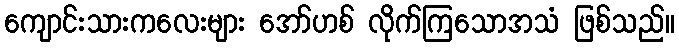
ကျောင်းသားကလေးများ အော်ဟစ် လိုက်ကြသောအသံ ဖြစ်သည်။